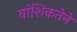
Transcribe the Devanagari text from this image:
वांशिकतेने